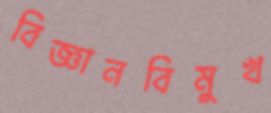
বিজ্ঞানবিমুখ